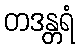
တဒန္တရံ